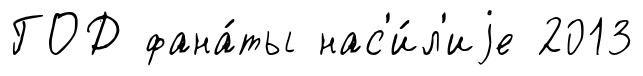
ГОД фана́ты нас'и́л'иjе 2013